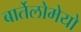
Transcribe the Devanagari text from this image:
बार्तेलोमेयो